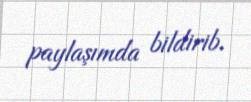
paylaşımda bildirib.